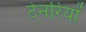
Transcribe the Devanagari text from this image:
टेनरियों